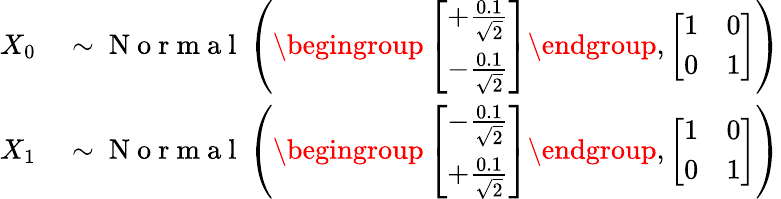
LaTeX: \begin{array}{rl}{X_{0}}&{{}\sim\mathrm{~N~o~r~m~a~l~}\left(\begingroup\left[\begin{array}{l}{+\frac{0.1}{\sqrt{2}}}\\ {-\frac{0.1}{\sqrt{2}}}\end{array}\right]\endgroup,\left[\begin{array}{ll}{1}&{0}\\ {0}&{1}\end{array}\right]\right)}\\ {X_{1}}&{{}\sim\mathrm{~N~o~r~m~a~l~}\left(\begingroup\left[\begin{array}{l}{-\frac{0.1}{\sqrt{2}}}\\ {+\frac{0.1}{\sqrt{2}}}\end{array}\right]\endgroup,\left[\begin{array}{ll}{1}&{0}\\ {0}&{1}\end{array}\right]\right)}\end{array}